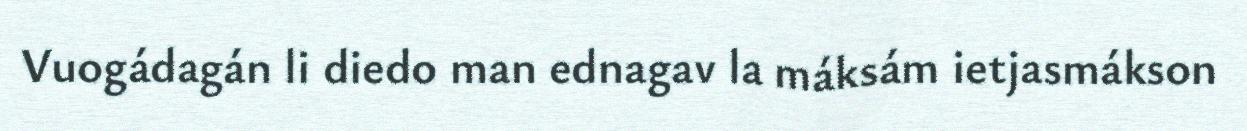
Vuogádagán li diedo man ednagav la máksám ietjasmákson